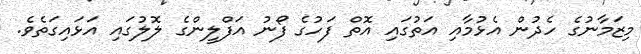
މިޒަމާނުގެ ހެދުން އެޅުމާއި އަތުގައި އޮތް ފަހުގެ ފޯނު އަފްލީންގެ ލޮލުގައި އަޅައިގަތެވެ.